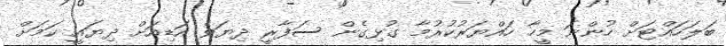
ބަލަހައްޓަށް ހުންނަ މީހާ ހައްޔަރުކުރުމާ ގުޅިގެން ސަފާރީ ދިޔަވެ އަޑިއަށް ދިޔައީ ކަމަށް